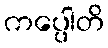
ကပ္ပေါတိ